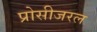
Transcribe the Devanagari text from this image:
प्रोसीजरल